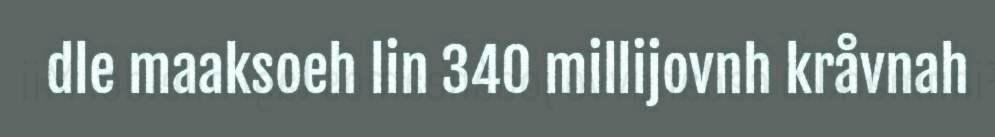
dle maaksoeh lin 340 millijovnh kråvnah